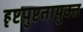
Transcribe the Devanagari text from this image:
हृष्टपुष्टतायुक्त